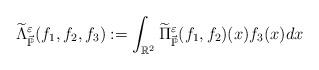
LaTeX: \begin{align*} \widetilde{\Lambda}^{\varepsilon}_{\vec{\mathbb{P}}}(f_{1},f_{2},f_{3}):=\int_{\mathbb{R}^{2}}\widetilde{\Pi}^{\varepsilon}_{\vec{\mathbb{P}}}(f_{1},f_{2})(x)f_{3}(x)dx\end{align*}